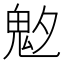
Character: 𩲁